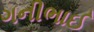
ગનીભાઈ